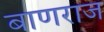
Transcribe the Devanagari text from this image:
बाणराज